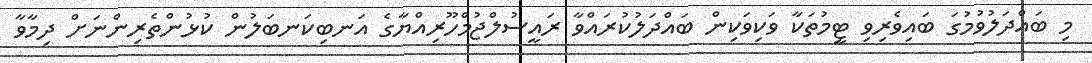
މި ބައްދަލުވުމުގަ ބައިވެރިވި ޓީމުތަކާ ވަކިވަކިން ބައްދަލުކުރައްވާ ރައީސުލްޖުމްހޫރިއްޔާގެ އަނބިކަނބަލުން ކުޅުންތެރިންނަށް ދިމާވާ